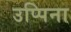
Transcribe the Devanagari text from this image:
उप्पिना